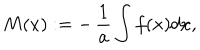
LaTeX: M ( x ) : = - \, { \frac { 1 } { a } } \int f ( x ) d x ,